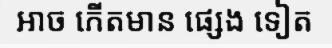
អាច កើតមាន ផ្សេង ទៀត